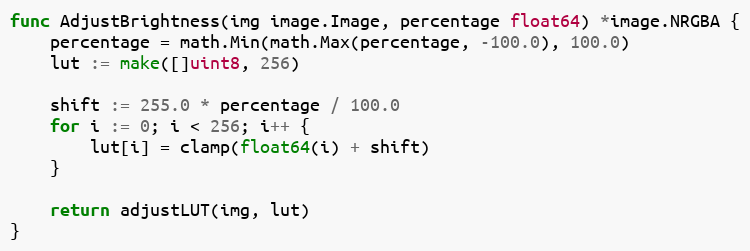
Language: Go
func AdjustBrightness(img image.Image, percentage float64) *image.NRGBA {
	percentage = math.Min(math.Max(percentage, -100.0), 100.0)
	lut := make([]uint8, 256)

	shift := 255.0 * percentage / 100.0
	for i := 0; i < 256; i++ {
		lut[i] = clamp(float64(i) + shift)
	}

	return adjustLUT(img, lut)
}